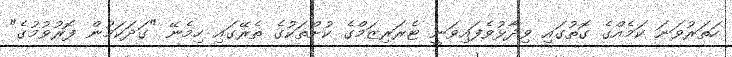
ހަތަރުވަނަ ކަމެއްގެ ގޮތުގައި ވިދާޅުވެފައިވަނީ ޓެރަރިޒަމްގެ ކުށްތަކުގެ ތެރޭގައި ހިމެނޭ "ގަދަކަމުން ފޮރުވުމުގެ"